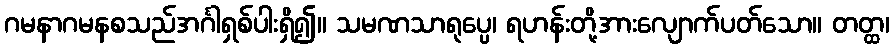
ဂမနာဂမနစသည်အင်္ဂါရှစ်ပါးရှိ၍။ သမဏသာရုပ္ပေ၊ ရဟန်းတို့အားလျောက်ပတ်သော။ တတ္ထ၊